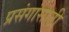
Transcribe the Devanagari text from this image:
प्रसंगांसाठी